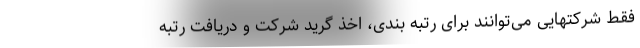
فقط شرکتهایی می‌توانند برای رتبه بندی، اخذ گرید شرکت و دریافت رتبه